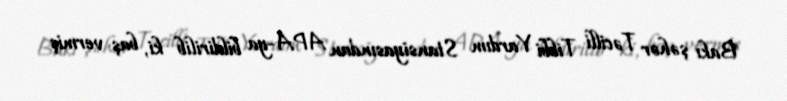
Bakı şəhər Təcilli Tibbi Yardım Stansiyasından APA-ya bildirilib ki, baş vermiş